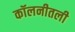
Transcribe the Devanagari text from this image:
कॉलनीतली